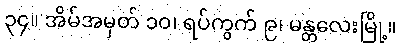
၃၄။ အိမ်အမှတ် ၁၀၊ ရပ်ကွက် ၉၊ မန္တလေးမြို့။